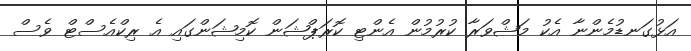
އަޅުގަނޑުމެންނާ އެކު މަޝްވަރާ ކުރުމުން އެންޓި ކޮރަޕްޝަން ކޮމިޝަންގައި އެ ރިކްއެސްޓް ވެސް